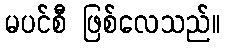
မပင်စီ ဖြစ်လေသည်။